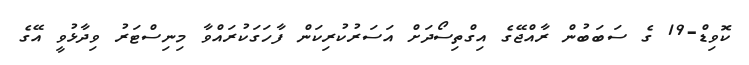
ކޮވިޑް-19 ގެ ސަބަބުން ރާއްޖޭގެ އިގްތިސޯދަށް އަސަރުކުރިކަން ފާހަގަކުރައްވާ މިނިސްޓަރު ވިދާޅުވީ އޭގެ